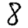
Digit: 8